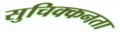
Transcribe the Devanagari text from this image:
सुचिक्कनता